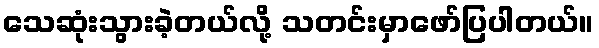
သေဆုံးသွားခဲ့တယ်လို့ သတင်းမှာဖော်ပြပါတယ်။